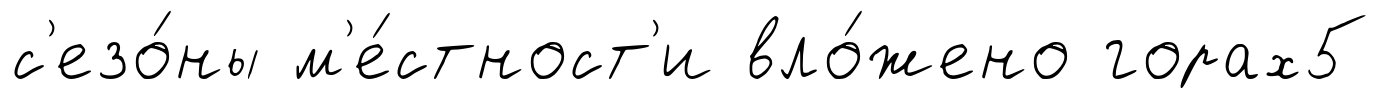
с'езо́ны м'е́стност'и вло́жено горах5